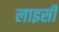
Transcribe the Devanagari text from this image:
लाइसी